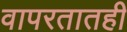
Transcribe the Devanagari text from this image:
वापरतातही